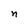
Character: n